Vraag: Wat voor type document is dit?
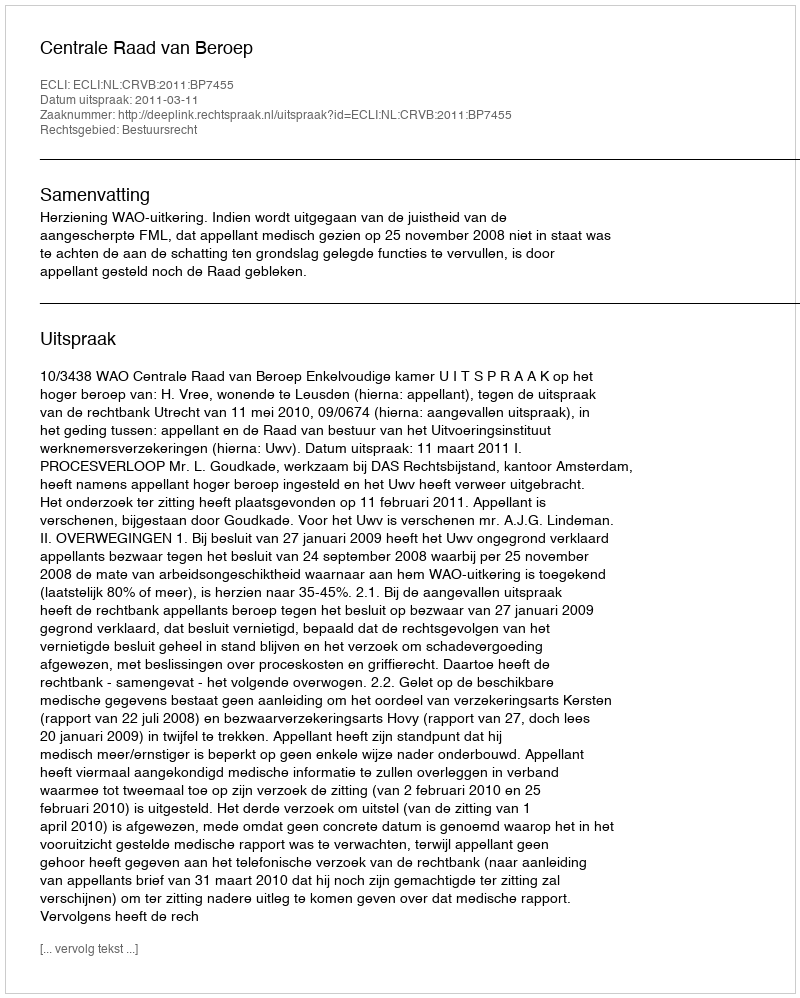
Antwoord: Uitspraak